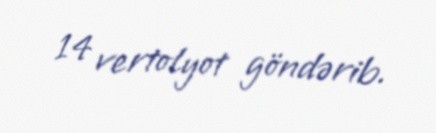
14 vertolyot göndərib.